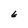
Character: 6